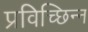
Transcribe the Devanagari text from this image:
प्रविच्छिन्न